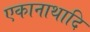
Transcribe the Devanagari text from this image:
एकानाथादि